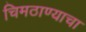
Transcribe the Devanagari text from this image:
चिमठाण्याचा